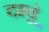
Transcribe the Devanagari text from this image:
दावूं